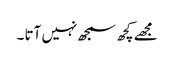
مجھے کچھ سمجھ نہیں آتا ۔